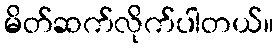
မိတ်ဆက်လိုက်ပါတယ်။